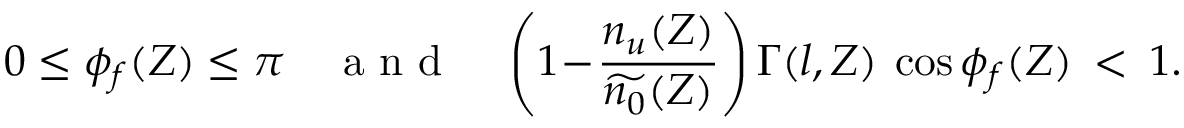
0 \le \phi _ { f } ( Z ) \le \pi \quad \mathrm { ~ a ~ n ~ d ~ } \quad \left( 1 \! - \! \frac { n _ { u } ( Z ) } { \widetilde { n _ { 0 } } ( Z ) } \right) \Gamma ( l , Z ) \: \cos \phi _ { f } ( Z ) \: < \: 1 .